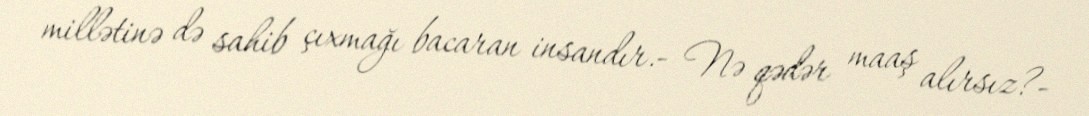
millətinə də sahib çıxmağı bacaran insandır.- Nə qədər maaş alırsız?-